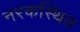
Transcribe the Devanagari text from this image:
नरकस्थित